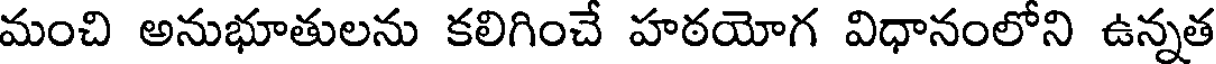
మంచి అనుభూతులను కలిగించే హఠయోగ విధానంలోని ఉన్నత